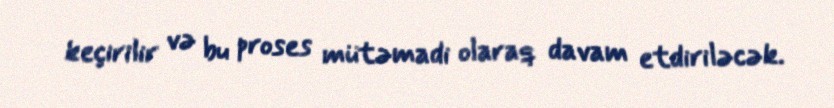
keçirilir və bu proses mütəmadi olaraq davam etdiriləcək.